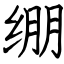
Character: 绷